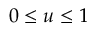
0 \le u \le 1